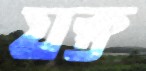
যক্ত